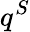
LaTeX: q^{S}